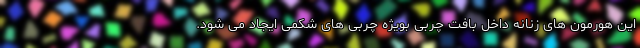
این هورمون های زنانه داخل بافت چربی بویژه چربی های شکمی ایجاد می شود.